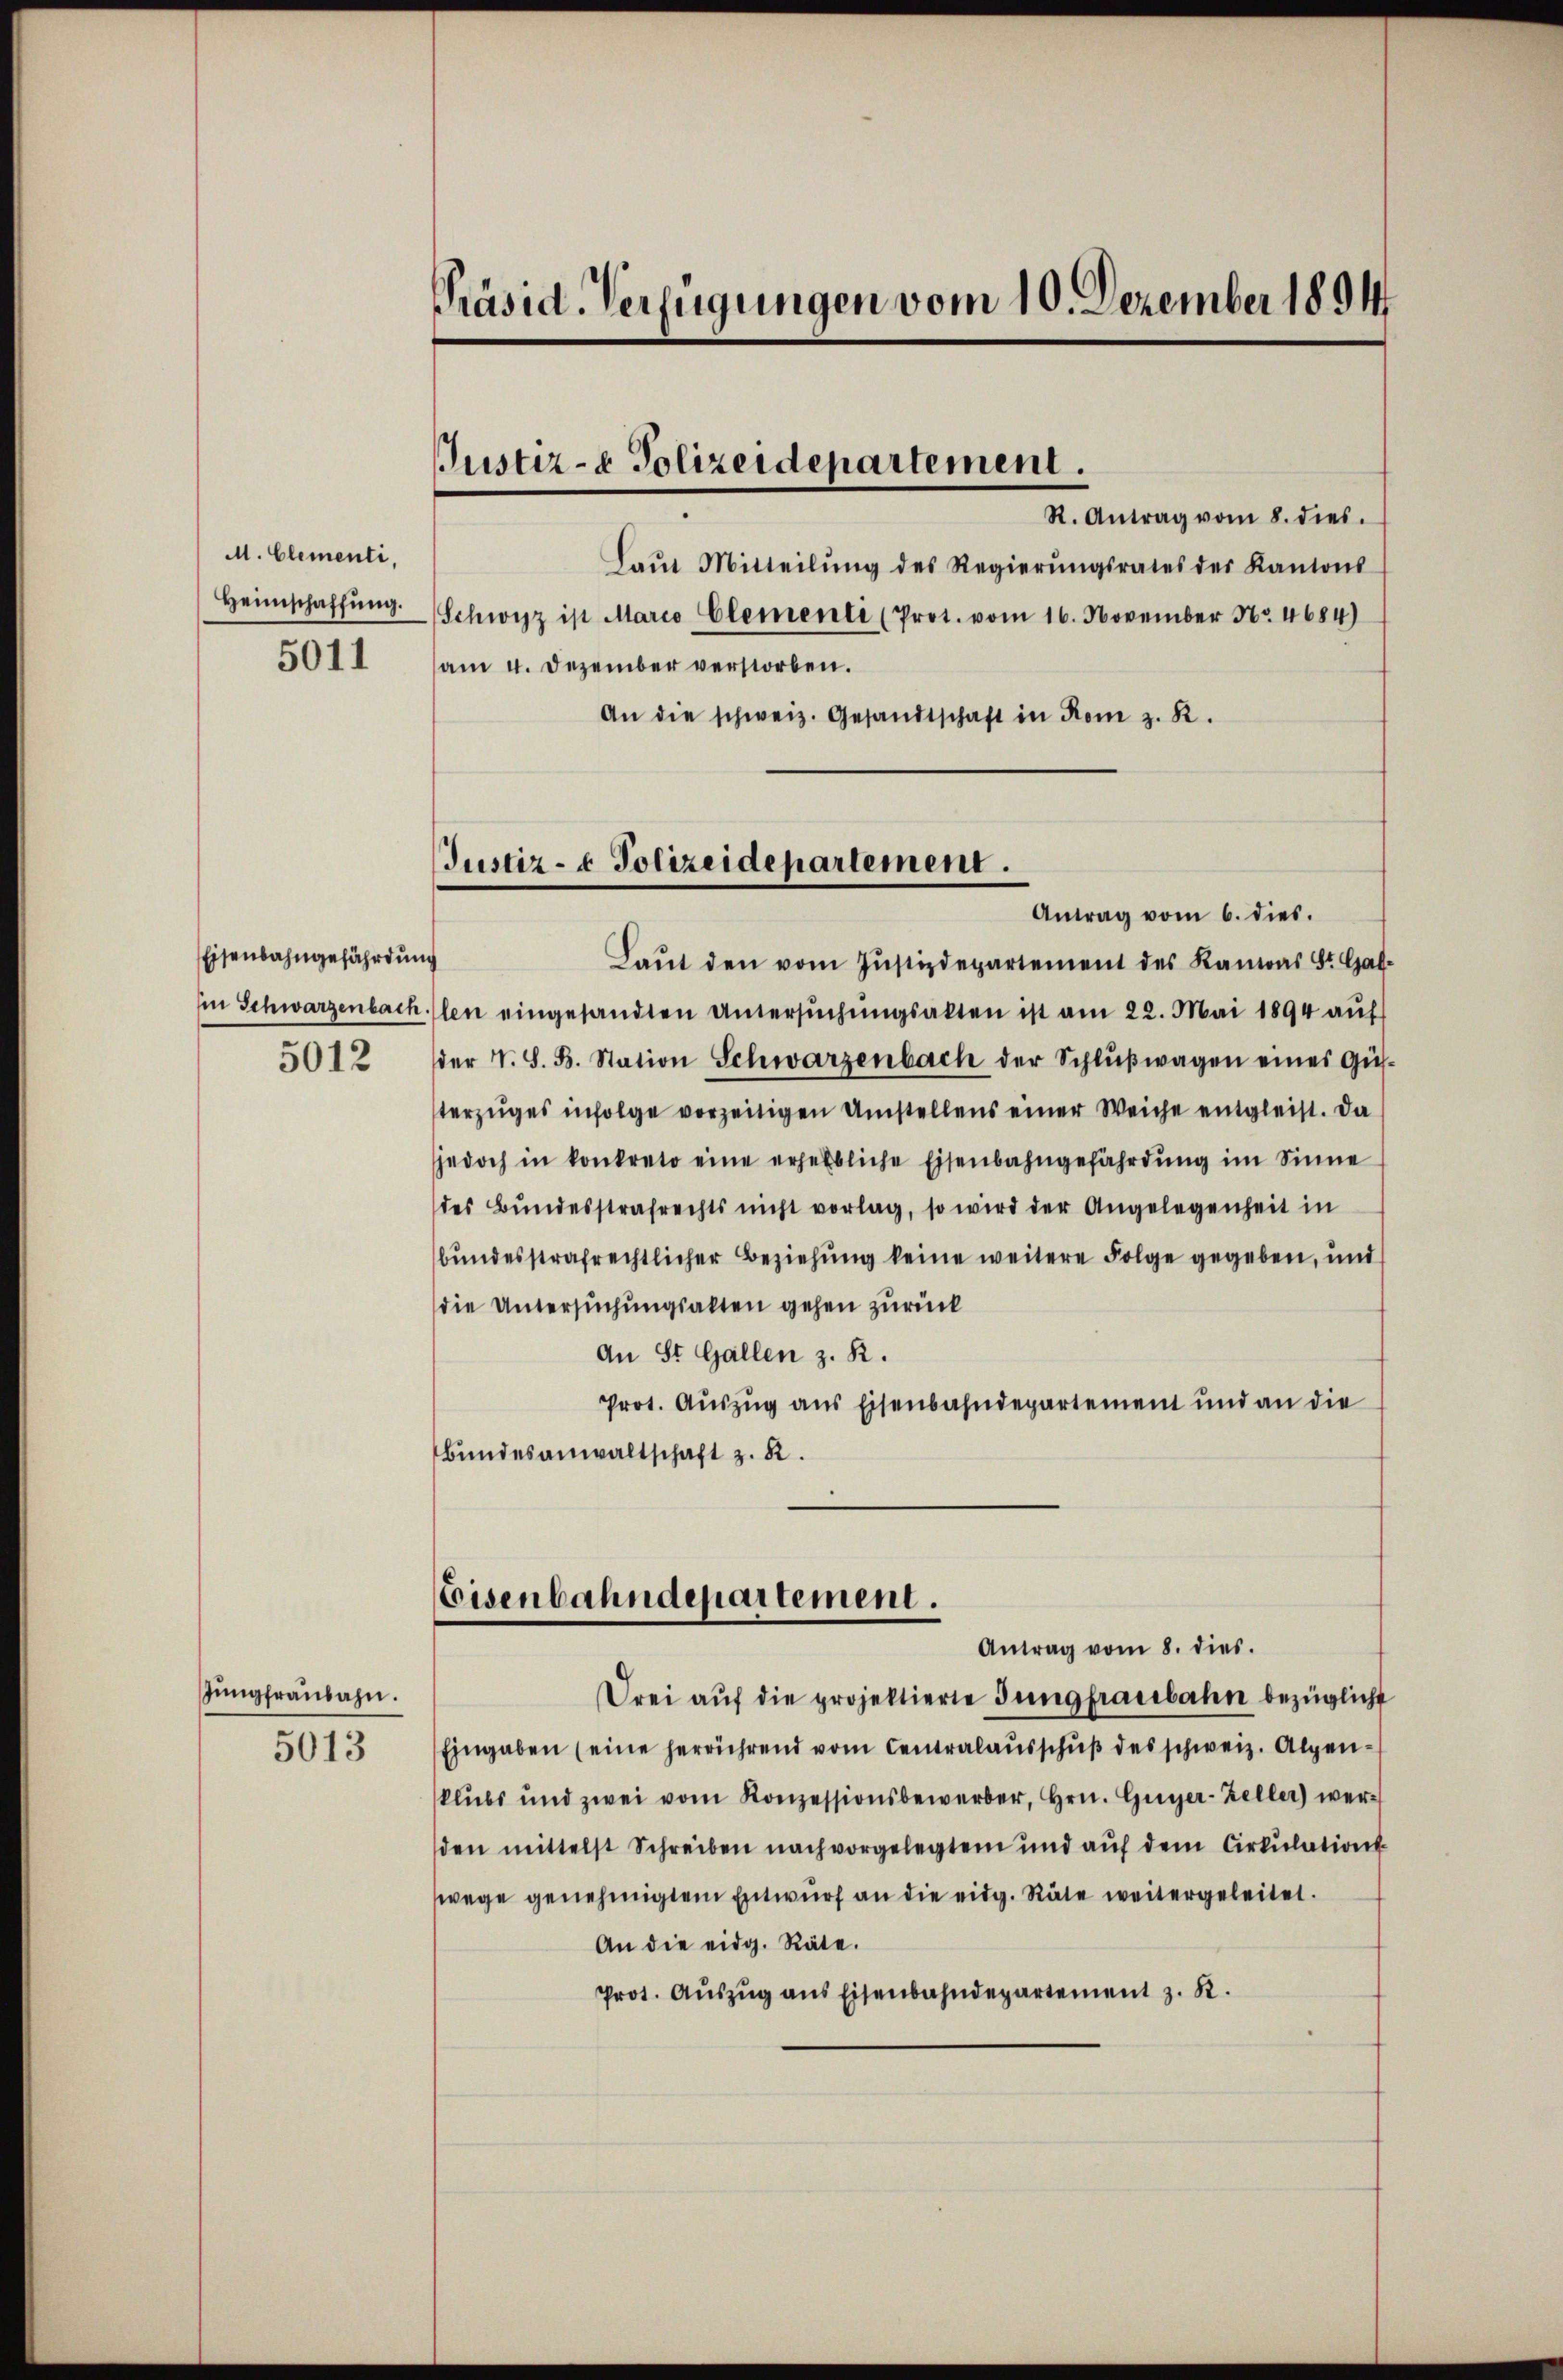
M. Clementi,
Heimschaffung.
5011

Eisenbahngefährdung
5012

Jungfraubahn.
5013

Präsid. Verfügungen vom 10. Dezember 1894

Justiz- & Polizeidepartement.
R. Antrag vom 8. dies.

Laŭt Mitteilŭng des Regierŭngsrates des Kantons
Schwyz ist Marco Clementi (Prot. vom 16. November Nr. 4684)
am 4. Dezember verstorben.
An die schweiz. Gesandtschaft in Rom z. B.

Justiz- & Polizeidepartement.
Antrag vom 6. dies.

Laŭt den vom Justizdepartement des Kantas St. Gal-
in Schwarzenbachten eingesandten Untersŭchŭngsakten ist am 22. Mai 1894 auf
der V. S. B. Station Schwarzenbach der Schlŭβwagen eines Güs-
terzŭges infolge vorzeitigen Umstellens einer Weiche entgleist. Da
jedoch in konkreto eine erhebliche Eisenbahngefährdŭng im Sinne
des Bŭndesstrafrechts nicht vorlag, so wird der Angelegenheit in
bundesstrafrechtlicher Beziehung keine weitere Folge gegeben, und
die Untersuchungsalten gehen zurück
An St. Gallen z. R.
Prot. Auszug aus Eisenbahndepartement und an die
Bundesanwaltschaft z. B.

Eisenbahndepartement.
Antrag vom 8. dies

Drei aŭf die projektierte Jungfrauebahn bezüglicht
Eingaben (eine herrührend vom Centralausschuß des schweiz. Alpenklubs und zwei vom Konzessionsbewerber, Hrn. Guyer-Zeller) werden mittelst Schreiben nach vorgelegtem und auf dem Cirkulation
wege genehmigten Entwŭrf an die eidg. Räte weitergeleitet.
An die eidg. Räte.
Prot. Auszug aus Eisenbahndepartement z. B.